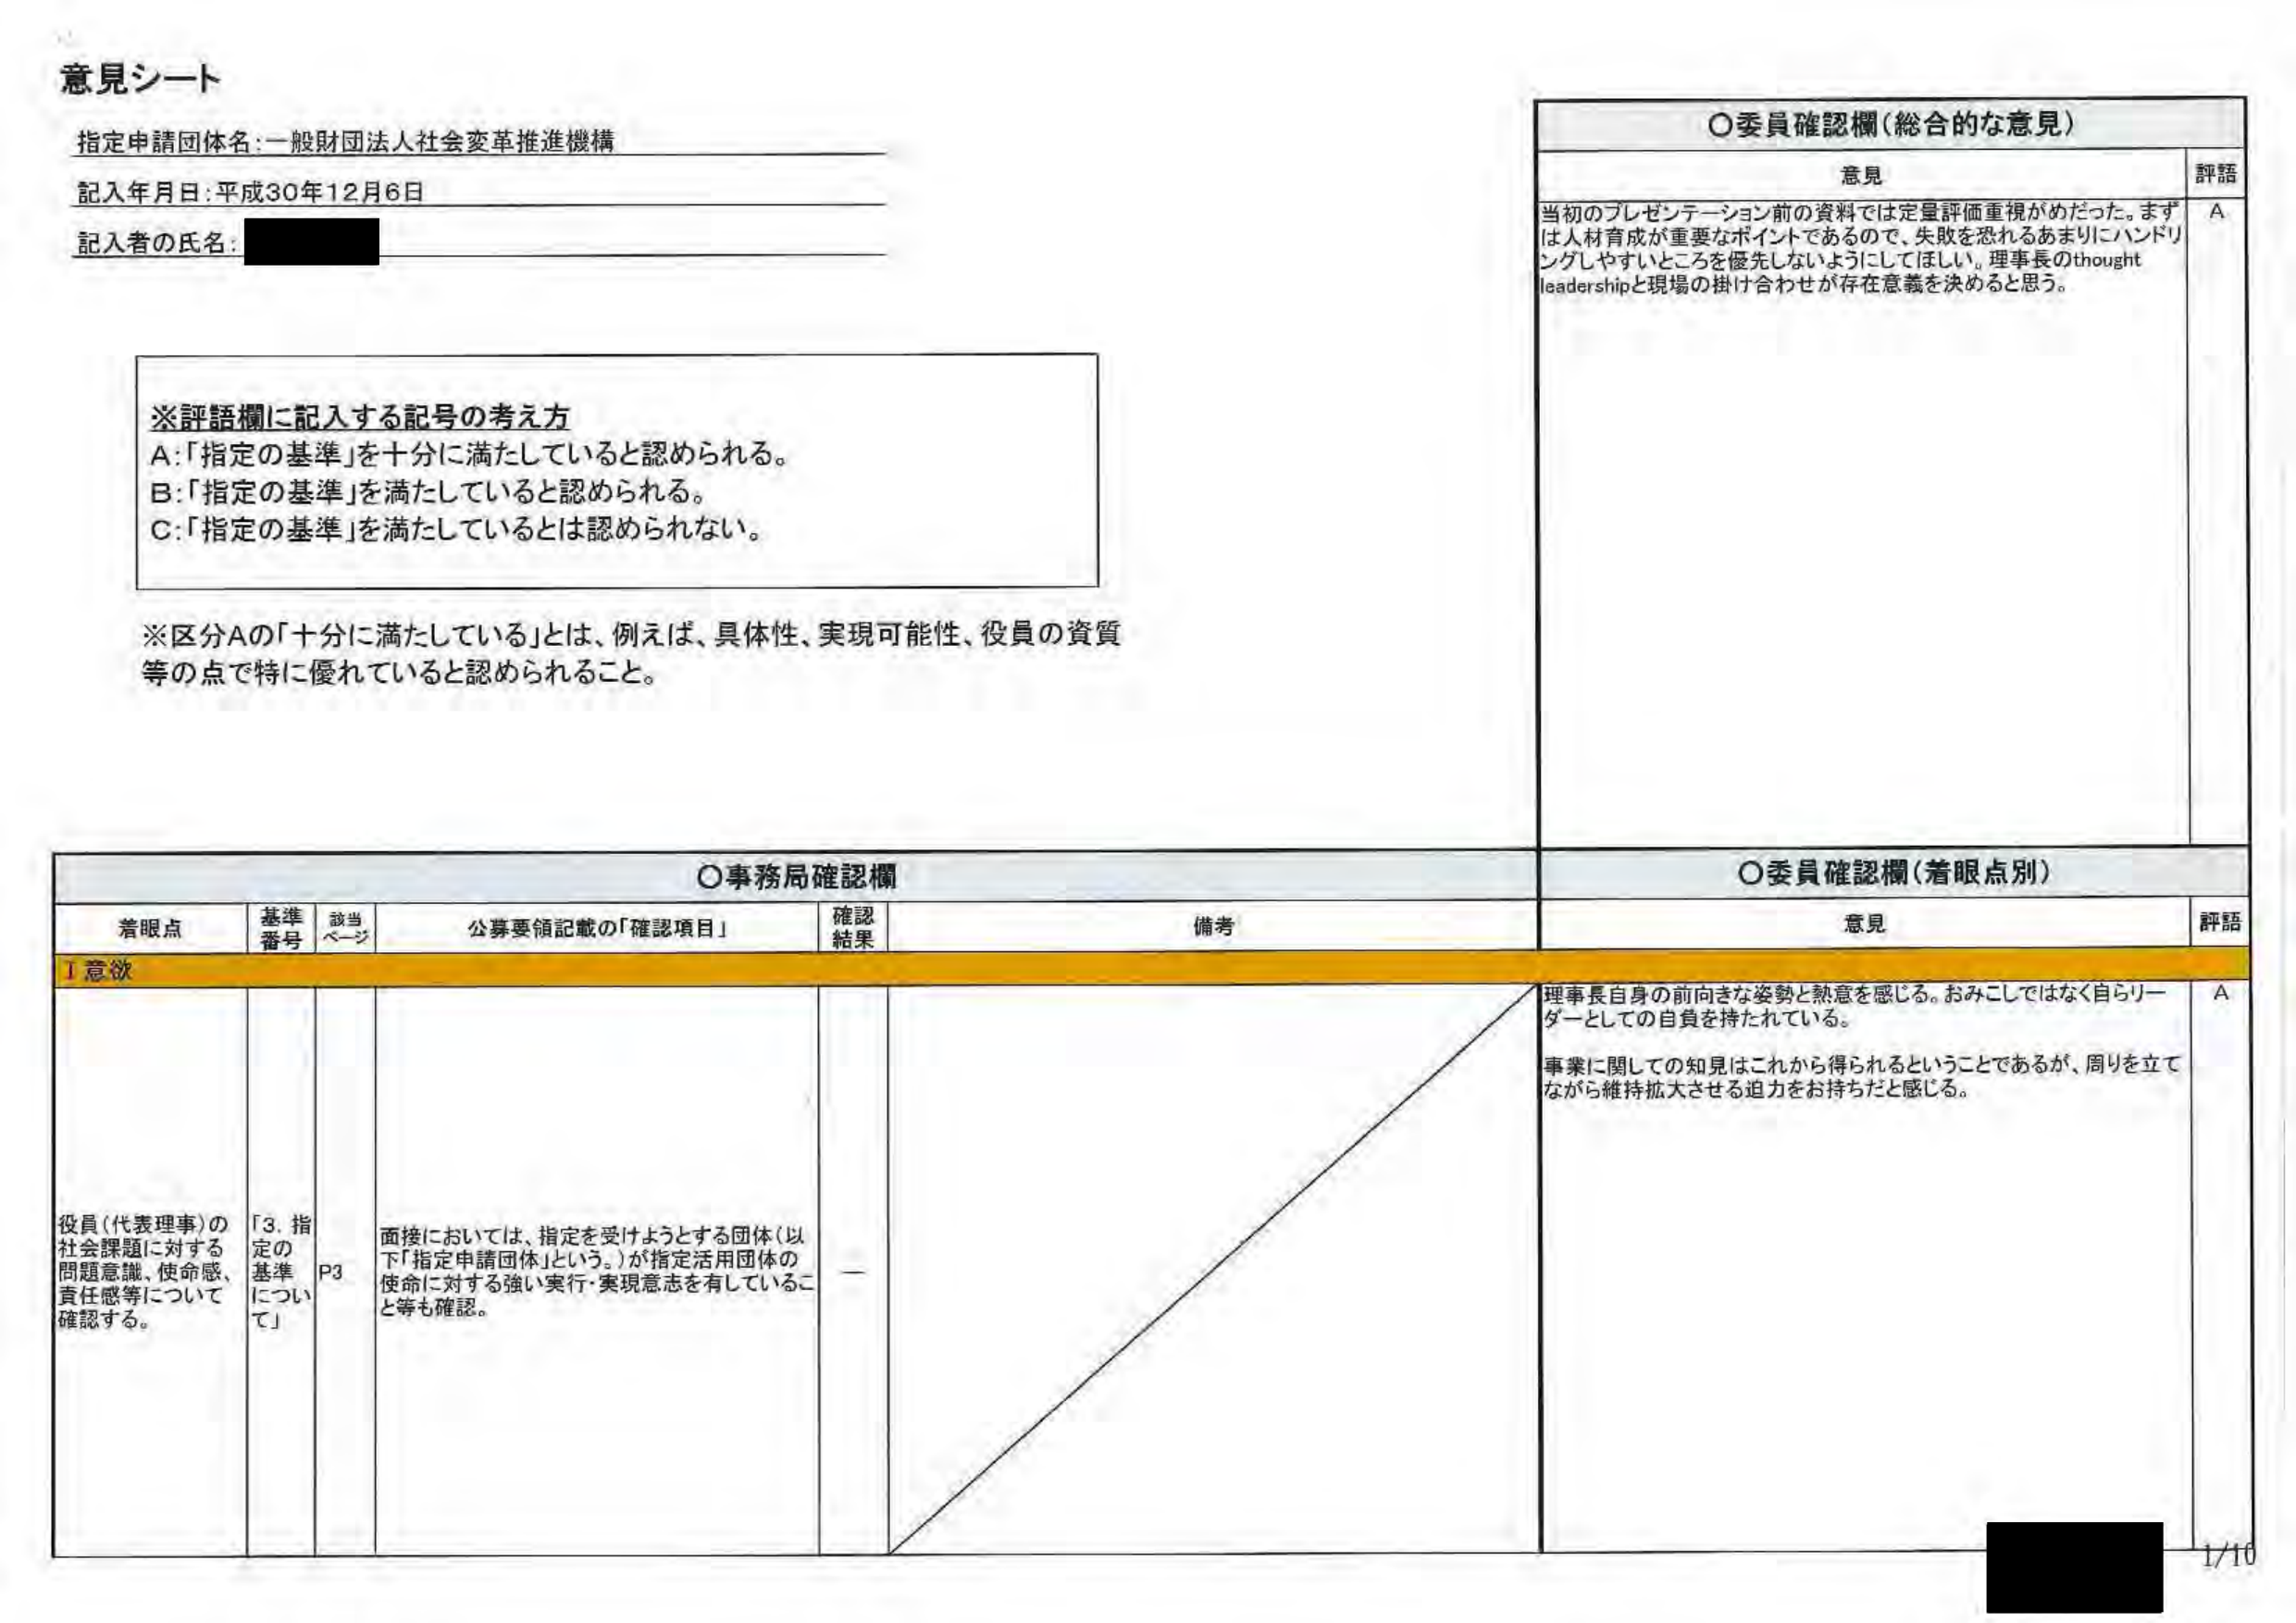
意見シート

指定申請団体名：一般財団法人社会変革推進機構
記入年月日：平成30年12月6日
記入者の氏名：[黒塗り]

※評語欄に記入する記号の考え方
A：「指定の基準」を十分に満たしていると認められる。
B：「指定の基準」を満たしていると認められる。
C：「指定の基準」を満たしているとは認められない。

※区分Aの「十分に満たしている」とは、例えば、具体性、実現可能性、役員の資質等の点で特に優れていると認められること。

〇委員確認欄（総合的な意見）
意見
当初のプレゼンテーション前の資料では定量評価重視がめだった。まずは人材育成が重要なポイントであるので、失敗を恐れるあまりにハンドリングしやすいところを優先しないようにしてほしい。理事長のthought leadershipと現場の掛け合わせが存在意義を決めると思う。
評語
A

〇事務局確認欄
〇委員確認欄（着眼点別）

着眼点 基準番号 該当ページ 公募要領記載の「確認項目」 確認結果 備考 意見 評語

Ⅰ意欲
役員（代表理事）の社会課題に対する問題意識、使命感、責任感等について確認する。
「3. 指定の基準について」 P3 面接においては、指定を受けようとする団体（以下「指定申請団体」という。）が指定活用団体の使命に対する強い実行・実現意志を有していること等も確認。
—
理事長自身の前向きな姿勢と熱意を感じる。おみこしではなく自らリーダーとしての自負を持たれている。
事業に関しての知見はこれから得られるということであるが、周りを立てながら維持拡大させる迫力をお持ちだと感じる。
A

1/10